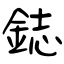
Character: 鋕